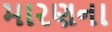
મારણના